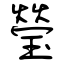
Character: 瑩